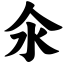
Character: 氽